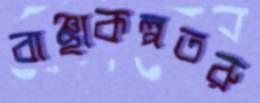
বাঞ্ছাকল্পতরু